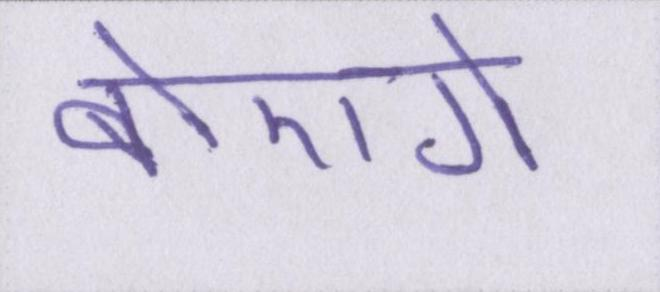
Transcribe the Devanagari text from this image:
बोएगे